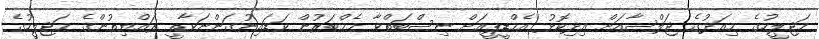
މަޖިލީހުގެ މިއަދުގެ ޖަލްސާއަށް އިދިކޮޅު އެމްޑީޕީއަށް ނިސްބަތްވާ މެމްބަރުން ވަޑައިނުގަންނަވާތީ ރައްޔިތުންގެ މަޖިލީހުގެ